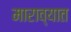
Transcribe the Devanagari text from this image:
माराव्यात